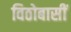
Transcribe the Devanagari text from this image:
विठोबासीं